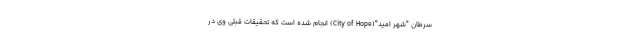
سرطان "شهر امید"(City of Hope) انجام شده است که تحقیقات قبلی وی در